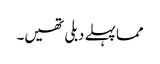
مما پہلے دبلی تھیں۔